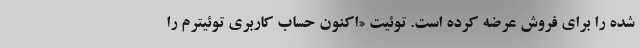
شده را برای فروش عرضه کرده است. توئیت «اکنون حساب کاربری توئیترم را